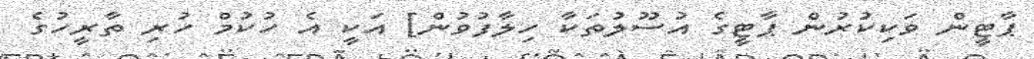
ޕާޓީން ވަކިކުރުން ޕާޓީގެ އުސޫލުތަކާ ހިލާފުވުން] އަކީ އެ ހުކުމް ހުރި ތާރީހުގެ